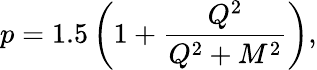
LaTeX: p=1.5\left(1+\frac{Q^{2}}{Q^{2}+M^{2}}\right),